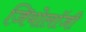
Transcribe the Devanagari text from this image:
जियोलाॅजी